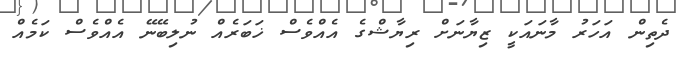
ދެތިން އަހަރު މާނައަކީ ޒިޔާނަށް ރިޔާޝްގެ އެއްވެސް ޚަބަރެއް ނުލިބޭނޭ އެއްވެސް ކަމެއް